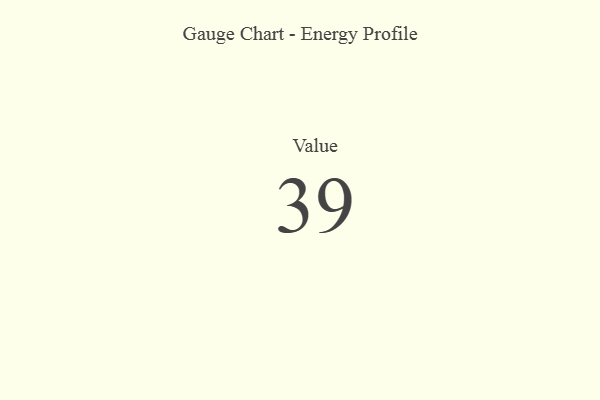
{"axis": {"x": "Metric", "y": "Value"}, "legend": [""], "data": [{"x": "Value", "y": 39, "type": ""}]}